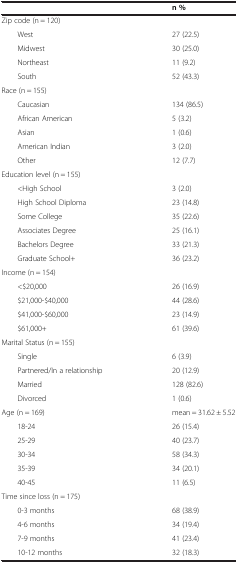
<table><thead><tr><td></td><td><b>n %</b></td></tr></thead><tbody><tr><td>Zip code (n = 120)</td><td></td></tr><tr><td>West</td><td>27 (22.5)</td></tr><tr><td>Midwest</td><td>30 (25.0)</td></tr><tr><td>Northeast</td><td>11 (9.2)</td></tr><tr><td>South</td><td>52 (43.3)</td></tr><tr><td>Race (n = 155)</td><td></td></tr><tr><td>Caucasian</td><td>134 (86.5)</td></tr><tr><td>African American</td><td>5 (3.2)</td></tr><tr><td>Asian</td><td>1 (0.6)</td></tr><tr><td>American Indian</td><td>3 (2.0)</td></tr><tr><td>Other</td><td>12 (7.7)</td></tr><tr><td>Education level (n = 155)</td><td></td></tr><tr><td>&lt;High School</td><td>3 (2.0)</td></tr><tr><td>High School Diploma</td><td>23 (14.8)</td></tr><tr><td>Some College</td><td>35 (22.6)</td></tr><tr><td>Associates Degree</td><td>25 (16.1)</td></tr><tr><td>Bachelors Degree</td><td>33 (21.3)</td></tr><tr><td>Graduate School+</td><td>36 (23.2)</td></tr><tr><td>Income (n = 154)</td><td></td></tr><tr><td>&lt;$20,000</td><td>26 (16.9)</td></tr><tr><td>$21,000-$40,000</td><td>44 (28.6)</td></tr><tr><td>$41,000-$60,000</td><td>23 (14.9)</td></tr><tr><td>$61,000+</td><td>61 (39.6)</td></tr><tr><td>Marital Status (n = 155)</td><td></td></tr><tr><td>Single</td><td>6 (3.9)</td></tr><tr><td>Partnered/In a relationship</td><td>20 (12.9)</td></tr><tr><td>Married</td><td>128 (82.6)</td></tr><tr><td>Divorced</td><td>1 (0.6)</td></tr><tr><td>Age (n = 169)</td><td>mean = 31.62 ± 5.52</td></tr><tr><td>18-24</td><td>26 (15.4)</td></tr><tr><td>25-29</td><td>40 (23.7)</td></tr><tr><td>30-34</td><td>58 (34.3)</td></tr><tr><td>35-39</td><td>34 (20.1)</td></tr><tr><td>40-45</td><td>11 (6.5)</td></tr><tr><td>Time since loss (n = 175)</td><td></td></tr><tr><td>0-3 months</td><td>68 (38.9)</td></tr><tr><td>4-6 months</td><td>34 (19.4)</td></tr><tr><td>7-9 months</td><td>41 (23.4)</td></tr><tr><td>10-12 months</td><td>32 (18.3)</td></tr></tbody></table>